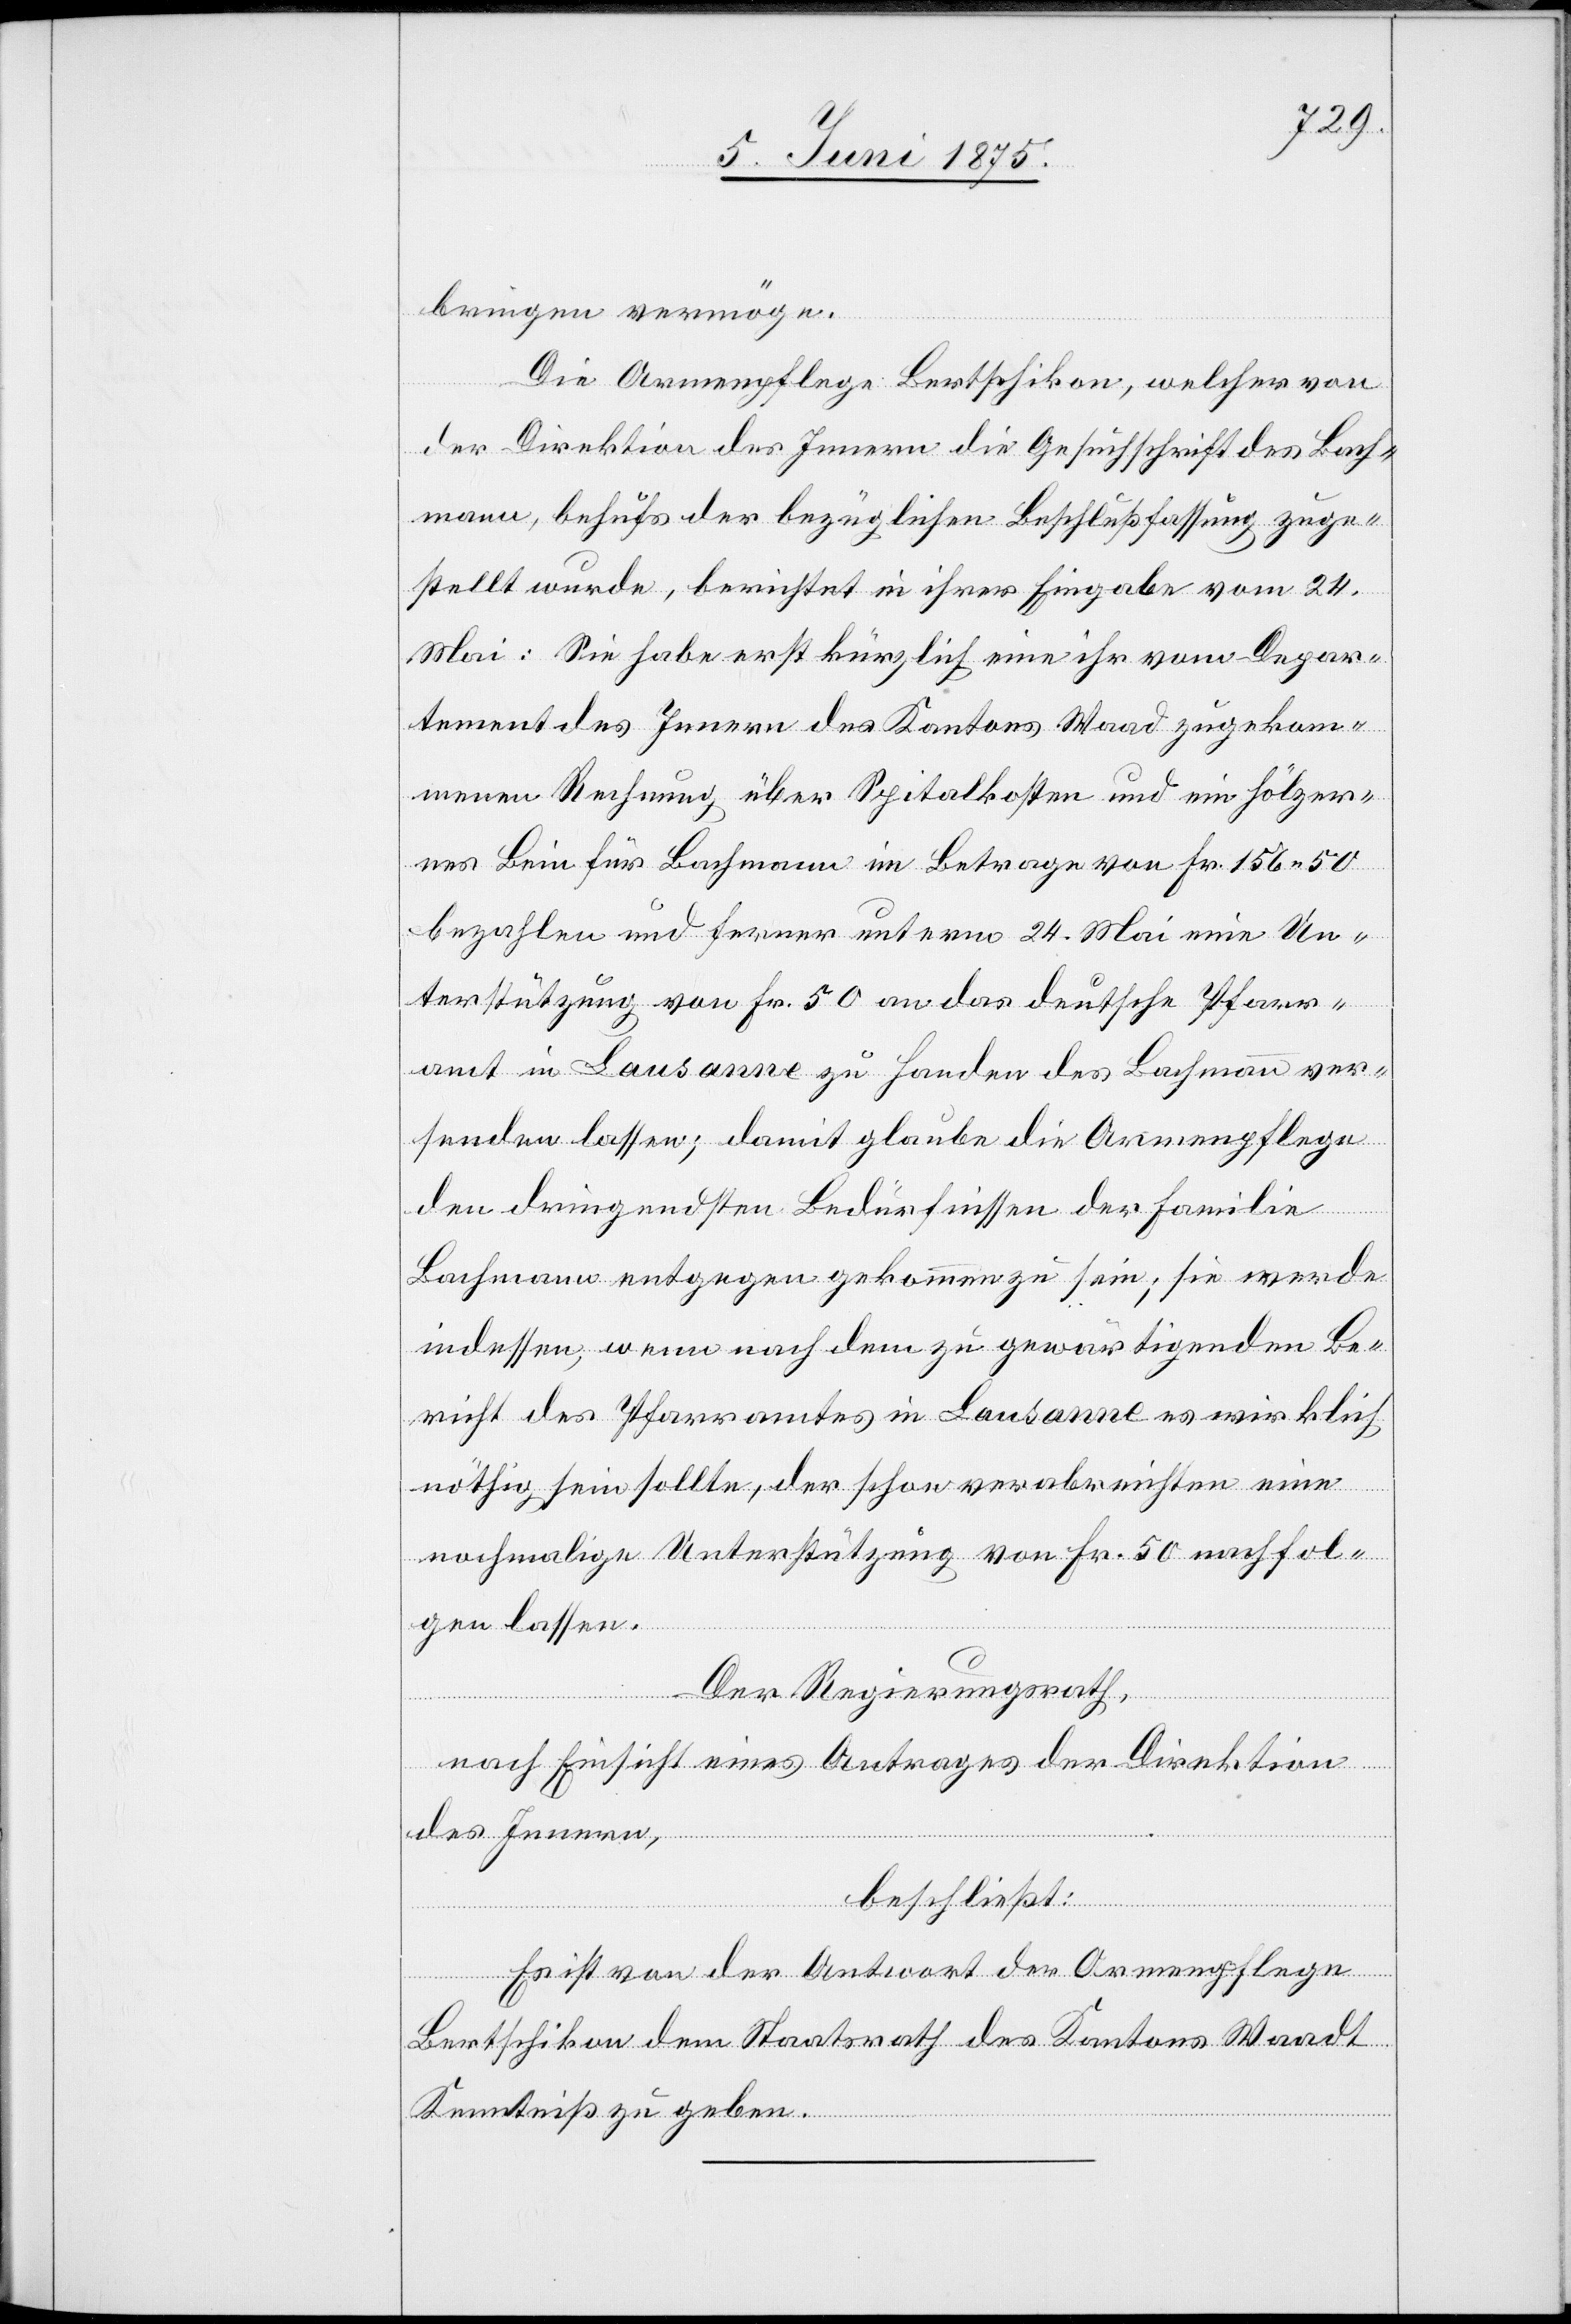
bringen vermöge.
Die Armenpflege Bertschikon, welcher von
der Direktion des Innern die Gesuchschrift des Bach¬
mann, behufs der bezüglichen Beschlußfassung zuge¬
stellt wurde, berichtet in ihrer Eingabe vom 24.
Mai: Sie habe erst kürzlich eine ihr vom Depar¬
tement des Innern des Kantons Waad[t] zugekom¬
menen Rechnung über Spitalkosten und ein hölzer¬
nes Bein für Bachmann im Betrage von Fr. 156 50
bezahlen und ferner unterm 24. Mai eine Un¬
terstützung von Fr. 50 an das deutsche Pfarr¬
amt in Lausanne zu Handen des Bachmann ver¬
senden lassen; damit glaube die Armenpflege
den dringendsten Bedürfnissen der Familie
Bachmann entgegen gekommen zu sein; sie werde
indessen, wenn nach dem zu gewärtigenden Be¬
richt des Pfarramtes in Lausanne es wirklich
nöthig sein sollte, der schon verabreichten eine
nochmalige Unterstützung von Fr. 50 nachfol¬
gen lassen.
Der Regierungsrath,
nach Einsicht eines Antrages der Direktion
des Innern,
beschließt:
Es ist von der Antwort der Armenpflege
Bertschikon dem Staatsrath des Kantons Waadt
Kenntniß zu geben.